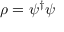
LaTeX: \rho = \psi ^ { \dagger } \psi